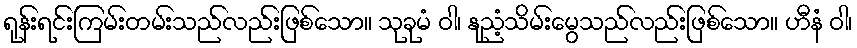
ရုန်းရင်းကြမ်းတမ်းသည်လည်းဖြစ်သော။ သုခုမံ ဝါ၊ နုညံ့သိမ်းမွေသည်လည်းဖြစ်သော။ ဟီနံ ဝါ၊